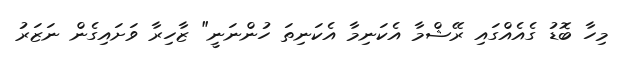
މިހާ ބޮޑު ގެއެއްގައި ރޭޝްމާ އެކަނިމާ އެކަނިތަ ހުންނަނީ" ޒާހިރާ ވަށައިގެން ނަޒަރު